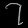
Digit: ၇